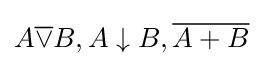
A{\overline {\lor }}B,A\downarrow B,{\overline {A+B}}